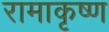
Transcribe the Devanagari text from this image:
रामाकृष्ण